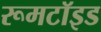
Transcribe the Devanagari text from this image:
रूमटॉइड